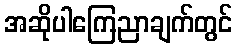
အဆိုပါကြေညာချက်တွင်